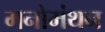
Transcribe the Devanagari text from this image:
मनोमंथन